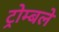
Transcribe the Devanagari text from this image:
ट्रोम्बले